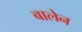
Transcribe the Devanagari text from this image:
बालेन